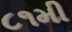
૮૧મી